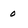
Character: 0